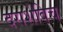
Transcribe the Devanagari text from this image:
दराशेविच